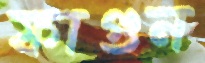
ফাগুন